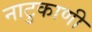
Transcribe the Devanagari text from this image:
नाटुकाणी